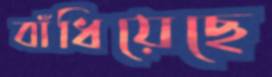
বাঁধিয়েছে